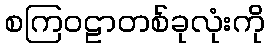
စကြဝဠာတစ်ခုလုံးကို